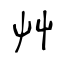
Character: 艸